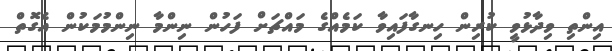
އިންތި ވިދާޅުވީ ކުރިން ހިނގާފައިވާ ކަމެއްގެ މައްޗަށް ފަހުން ނިންމާ ނިންމުމަކުން އެގޮތް